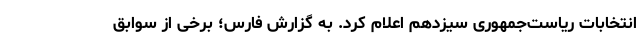
انتخابات ریاست‌جمهوری سیزدهم اعلام کرد. به گزارش فارس؛ برخی از سوابق